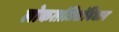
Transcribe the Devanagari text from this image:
लोकतांत्रिसंविधान